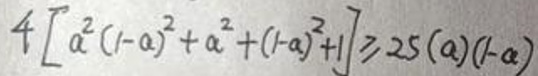
\[4\left[a^{2}(1 - a)^{2}+a^{2}+(1 - a)^{2}+1\right]\geqslant25a(1 - a)\]